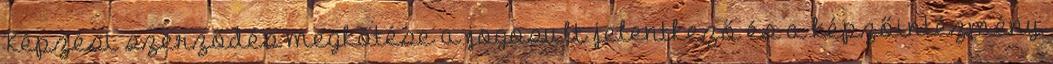
Képzési szerződés megkötése a jogosult jelentkező és a képzőintézmény